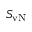
S _ { \mathrm { v N } }